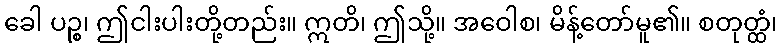
ခေါ ပဉ္စ၊ ဤငါးပါးတို့တည်း။ ဣတိ၊ ဤသို့။ အဝေါစ၊ မိန့်တော်မူ၏။ စတုတ္ထံ၊